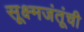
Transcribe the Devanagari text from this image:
सूक्ष्मजंतूंची